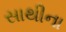
સાથીના